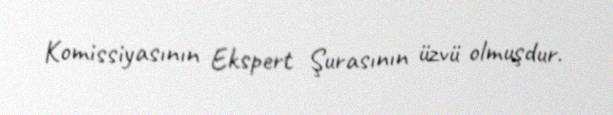
Komissiyasının Ekspert Şurasının üzvü olmuşdur.